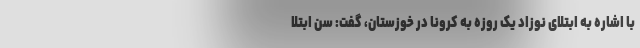
با اشاره به ابتلای نوزاد یک روزه به کرونا در خوزستان، گفت: سن ابتلا